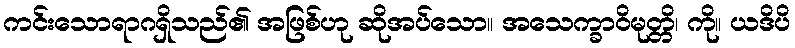
ကင်းသောရာဂရှိသည်၏ အဖြစ်ဟု ဆိုအပ်သော။ အသေက္ခာဝိမုတ္တိ၊ ကို။ ယဒိပိ